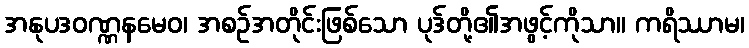
အနုပဒဝဏ္ဏနမေဝ၊ အစဉ်အတိုင်းဖြစ်သော ပုဒ်တို့၏အဖွင့်ကိုသာ။ ကရိဿာမ၊